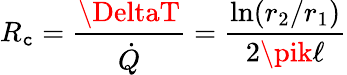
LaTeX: R_{\mathtt{c}}={\frac{{\DeltaT}}{{\dot{{Q}}}}}={\frac{{\ln(r_{2}/r_{1})}}{{2\pik\ell}}}